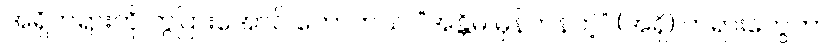
အရှိတရားကို ကွဲပြားအောင် ဟောတယ်၊ “အန္တိမ မှန်ကန်တဲ့” (အရှိ) တရားတွေဟာ